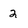
Character: 2